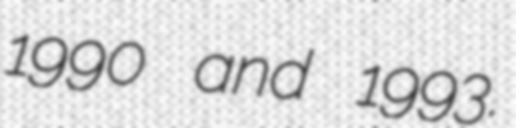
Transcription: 1990 and 1993.